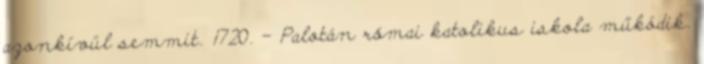
azonkívül semmit. 1720. – Palotán római katolikus iskola működik.